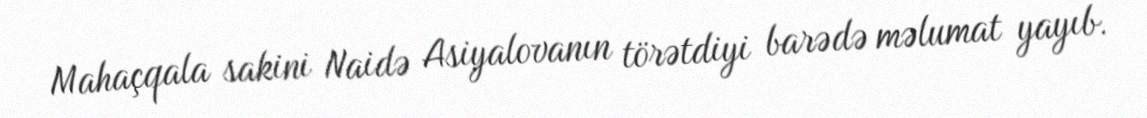
Mahaçqala sakini Naidə Asiyalovanın törətdiyi barədə məlumat yayıb.